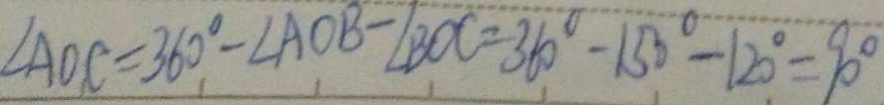
\angle A O C = 3 6 0 ^ { \circ } - \angle A O B - \angle B O C = 3 6 0 ^ { \circ } - 1 5 0 ^ { \circ } - 1 2 0 ^ { \circ } = 9 0 ^ { \circ }